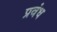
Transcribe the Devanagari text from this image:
प्रवंध